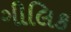
ગીલિક